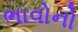
ભાવોનો